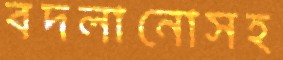
বদলানোসহ